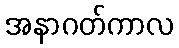
အနာဂတ်ကာလ